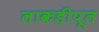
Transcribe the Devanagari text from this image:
लाकडीपूल